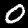
Digit: 0